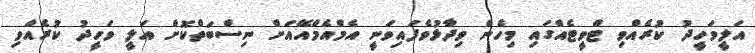
އަލީވަހީދު ކުރެއްވި ޓްވީޓެއްގައި މިހެން ވިދާޅުވެފައިވަނީ އެމްއެމްއޭއަށް ނިސްބަތްކޮށް އަލީ ވަހީދު ކުރެއްވި